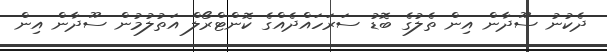
ދެކުނު ސޫދާން އިން ތެލުގެ ބޮޑު ސަރަހައްދެއްގެ ކޮންޓްރޯލް އަތުލުމުން ސޫދާން އިން